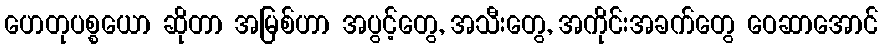
ဟေတုပစ္စယော ဆိုတာ အမြစ်ဟာ အပွင့်တွေ, အသီးတွေ, အကိုင်းအခက်တွေ ဝေဆာအောင်